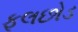
ફૂલછોડ